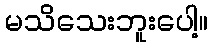
မသိသေးဘူးပေါ့။